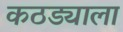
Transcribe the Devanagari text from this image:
कठड्याला